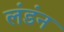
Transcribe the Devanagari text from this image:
लंडंन